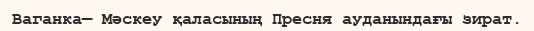
Ваганка— Мәскеу қаласының Пресня ауданындағы зират.